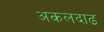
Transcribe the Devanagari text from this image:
अकलदाढ